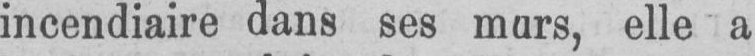
incendiaire dans ses mars, elle a